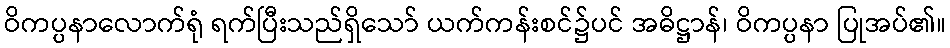
ဝိကပ္ပနာလောက်ရုံ ရက်ပြီးသည်ရှိသော် ယက်ကန်းစင်၌ပင် အဓိဋ္ဌာန်၊ ဝိကပ္ပနာ ပြုအပ်၏။